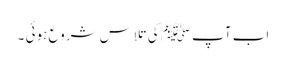
اب آپﷺ کی تلاس شروع ہوئی ۔